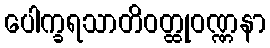
ပေါက္ခရသာတိဝတ္ထုဝဏ္ဏနာ